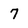
Character: 7